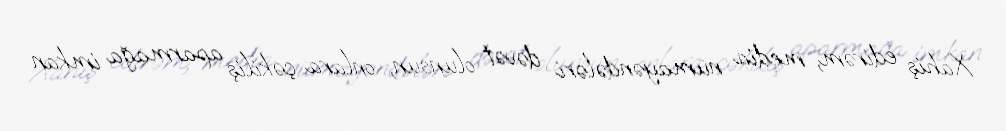
Xahiş edirəm, media nümayəndələri dəvət olunsun, onlara çəkiliş aparmağa imkan